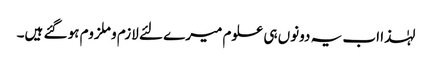
لہٰذا اب یہ دونوں ہی علوم میرے لئے لازم و ملزوم ہو گئے ہیں۔